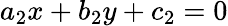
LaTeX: a_{2}x+b_{2}y+c_{2}=0